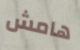
هامش